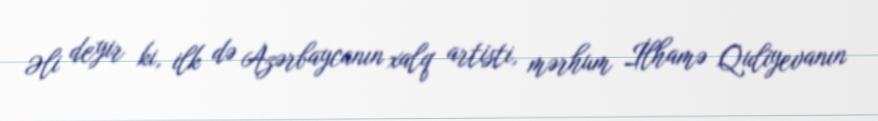
Əli deyir ki, ilk də Azərbaycanın xalq artisti, mərhum İlhamə Quliyevanın